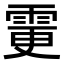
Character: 𩂼